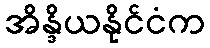
အိန္ဒိယနိုင်ငံက